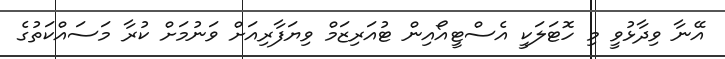
އޭނާ ވިދާޅުވީ މި ހޮޓަލަކީ އެސްޓީއޯއިން ޓުއަރިޒަމް ވިޔަފާރިއަށް ވަނުމަށް ކުރާ މަސައްކަތުގެ